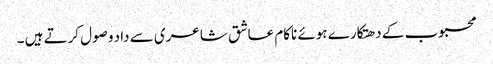
محبوب کے دھتکارے ہوئے ناکام عاشق شاعری سے داد وصول کرتے ہیں ۔